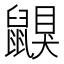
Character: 鼳